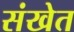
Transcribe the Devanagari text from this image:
संखेत